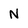
Character: N